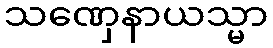
သဏှေနာယသ္မာ